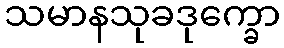
သမာနသုခဒုက္ခော